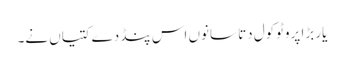
یار بڑا پروٹوکول دتا سانوں اس پنڈ دے کتیاں نے۔